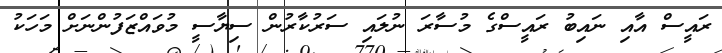
ރައީސް އާއި ނައިބު ރައީސްގެ މުސާރަ ނުލައި ސަރުކާރުން ސިޔާސީ މުވައްޒަފުންނަށް މަހަކު